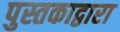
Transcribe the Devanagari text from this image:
पुस्तकाद्वारा